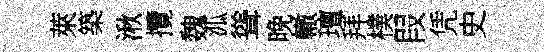
萊築湫攬魏泒聳晚轍璮拜樸叚凭史